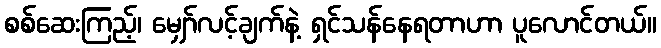
စစ်ဆေးကြည့်၊ မျှော်လင့်ချက်နဲ့ ရှင်သန်နေရတာဟာ ပူလောင်တယ်။